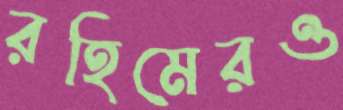
রহিমেরও